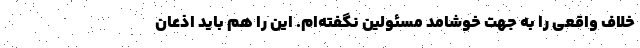
خلاف واقعی را به جهت خوشامد مسئولین نگفته‌ام. این را هم باید اذعان